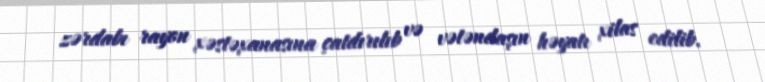
zərdabı rayon xəstəxanasına çatdırılıb və vətəndaşın həyatı xilas edilib.